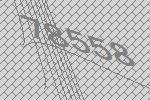
78558